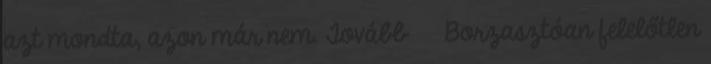
azt mondta, azon már nem. Tovább › ›Borzasztóan felelőtlen